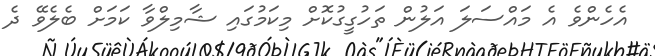
އެހެންވެ އެ މައްސަލަ އަލުން ތަހުގީގުކޮށް މިކަމުގައި ޝާމިލްވާ ކަމަށް ބެލެވޭ ދެ